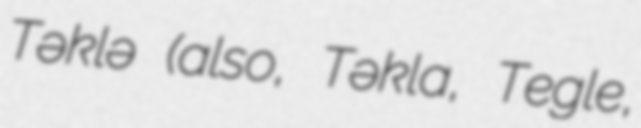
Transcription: Təklə (also, Təkla, Tegle,